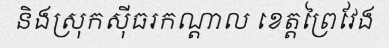
និងស្រុកស៊ីធរកណ្តាល ខេត្តព្រៃវែង